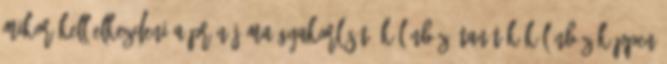
mikor kell elkezdeni a pránájáma gyakorlását, különböző tanítók különbözőképpen